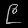
Digit: ၉